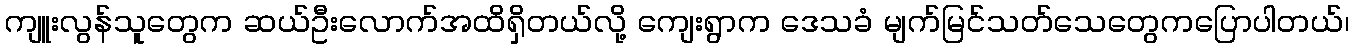
ကျူးလွန်သူတွေက ဆယ်ဦးလောက်အထိရှိတယ်လို့ ကျေးရွာက ဒေသခံ မျက်မြင်သတ်သေတွေကပြောပါတယ်၊